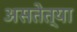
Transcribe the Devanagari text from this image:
असतेत्या